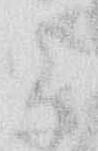
よ